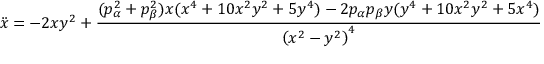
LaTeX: \ddot { x } = - 2 x y ^ { 2 } + { \frac { ( p _ { \alpha } ^ { 2 } + p _ { \beta } ^ { 2 } ) x ( x ^ { 4 } + 1 0 x ^ { 2 } y ^ { 2 } + 5 y ^ { 4 } ) - 2 p _ { \alpha } p _ { \beta } y ( y ^ { 4 } + 1 0 x ^ { 2 } y ^ { 2 } + 5 x ^ { 4 } ) } { \left( x ^ { 2 } - y ^ { 2 } \right) ^ { 4 } } }